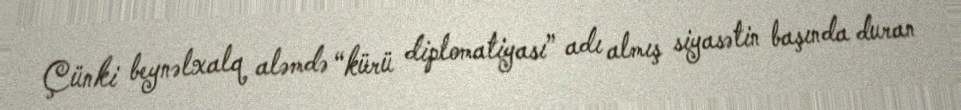
Çünki beynəlxalq aləmdə “kürü diplomatiyası” adı almış siyasətin başında duran